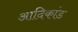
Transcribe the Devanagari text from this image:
आदिकांड